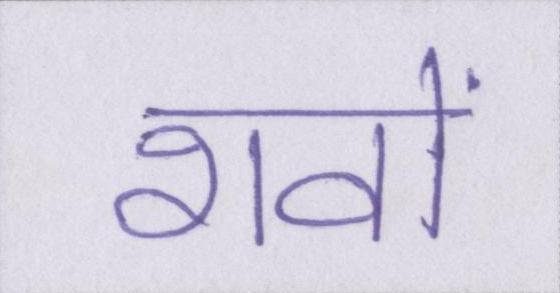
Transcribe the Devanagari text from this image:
शवों